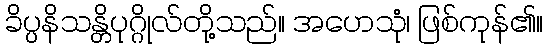
ခိပ္ပနိသန္တိပုဂ္ဂိုလ်တို့သည်။ အဟေသုံ၊ ဖြစ်ကုန်၏။